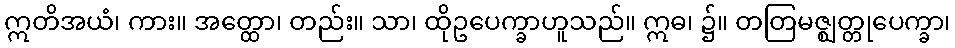
ဣတိအယံ၊ ကား။ အတ္ထော၊ တည်း။ သာ၊ ထိုဥပေက္ခာဟူသည်။ ဣဓ၊ ၌။ တတြမဇ္ဈတ္တုပေက္ခာ၊